Vaccination in the Punjab 1883-1896 - 1883-1896
Year: 1883
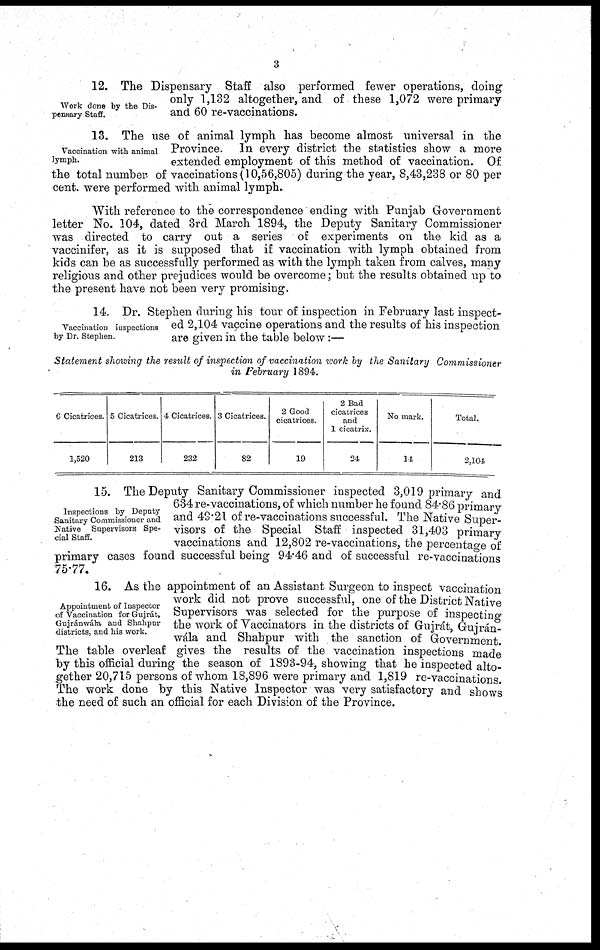
3
Work done by the Dis¬
pensary Staff.
12. The Dispensary Staff also performed fewer operations, doing
only 1,132 altogether, and of these 1,072 were primary
and 60 re-vaccinations.
Vaccination with animal
lymph.
13. The use of animal lymph has become almost universal in the
Province. In every district the statistics show a more
extended employment of this method of vaccination. Of
the total number of vaccinations (10,56,805) during the year, 8,43,238 or 80 per
cent. were performed with animal lymph.
With reference to the correspondence ending with Punjab Government
letter No. 104, dated 3rd March 1894, the Deputy Sanitary Commissioner
was directed to carry out a series of experiments on the kid as a
vaccinifer, as it is supposed that if vaccination with lymph obtained from
kids can be as successfully performed as with the lymph taken from calves, many
religious and other prejudices would be overcome; but the results obtained up to
the present have not been very promising.
Vaccination inspections
by Dr. Stephen.
14. Dr. Stephen during his tour of inspection in February last inspect-
ed 2,104 vaccine operations and the results of his inspection
are given in the table below:—
Statement showing the result of inspection of vaccination work by the Sanitary
Commissioner
in February 1894.
6 Cicatrices.
1,520
5 Cicatrices.
213
4 Cicatrices.
232
3 Cicatrices.
82
2 Good
cicatrices.
19
2 Bad
cicatrices
and
1 cicatrix.
24
No mark.
14
Total.
2,104
Inspections by Deputy
Sanitary Commissioner and
Native Supervisors Spe-
cial Staff.
15. The Deputy Sanitary Commissioner inspected 3,019 primary and
634 re-vaccinations, of which number he found 84.86 primary
and 49.21 of re-vaccinations successful. The Native Super-
visors of the Special Staff inspected 31,403 primary
vaccinations and 12,802 re-vaccinations, the percentage of
primary cases found successful being 94.46 and of successful re-vaccinations
75.77.
Appointment of Inspector
of Vaccination for Gujrát,
Gujránwála and Shahpnr
districts, and his work.
16. As the appointment of an Assistant Surgeon to inspect vaccination
work did not prove successful, one of the District Native
Supervisors was selected for the purpose of inspecting
the work of Vaccinators in the districts of Gujrát, Gujrán-
wála and Shahpur with the sanction of Government.
The table overleaf gives the results of the vaccination inspections made
by this official during the season of 1893-94, showing that he inspected alto-
gether 20,715 persons of whom 18,896 were primary and 1,819 re-vaccinations.
The work done by this Native Inspector was very satisfactory and shows
the need of such an official for each Division of the Province.